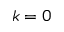
k = 0